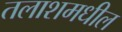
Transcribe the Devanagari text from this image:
तलाशमधील